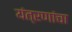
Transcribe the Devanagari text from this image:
यंत्रणांचा